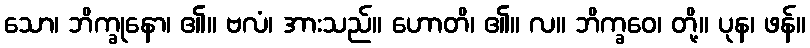
သော၊ ဘိက္ခုနော၊ ၏။ ဗလံ၊ အားသည်။ ဟောတိ၊ ၏။ လ။ ဘိက္ခဝေ၊ တို့။ ပုန၊ ဖန်။